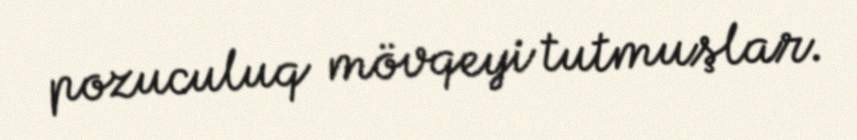
pozuculuq mövqeyi tutmuşlar.